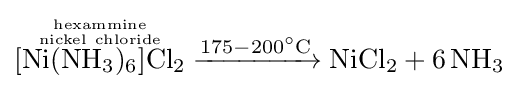
{{\overset {\mathrm {hexammine}  \atop \mathrm {nickel} ~\mathrm {chloride} }{[\mathrm {Ni} (\mathrm {NH} {\vphantom {A}}_{\smash[{t}]{3}}){\vphantom {A}}_{\smash[{t}]{6}}]\mathrm {Cl} {\vphantom {A}}_{\smash[{t}]{2}}}}{}\mathrel {\xrightarrow {175{}-{}200{\vphantom {A}}^{\circ }\mathrm {C} } } {}\mathrm {NiCl} {\vphantom {A}}_{\smash[{t}]{2}}{}+{}6\,\mathrm {NH} {\vphantom {A}}_{\smash[{t}]{3}}}